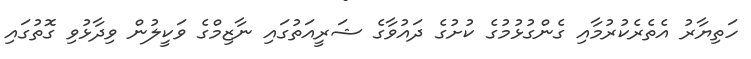
ހަތިޔާރު އެތެރެކުރުމާއި ގެންގުޅުމުގެ ކުށުގެ ދައުވާގެ ޝަރީއަތުގައި ނާޒިމްގެ ވަކީލުން ވިދާޅުވި ގޮތުގައި